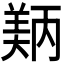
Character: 𬙵